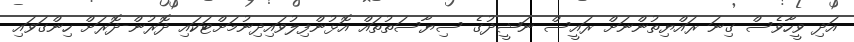
އަދި ވީހާވެސް ގިނަ ރައްޔިތުންނަށް ރައީސް ނަޝީދުގެ ސިޔާސަތުތައް އޮޅުންފިލުވައިދިނުމަށްޓަކައި ދޮރުން-ދޮރަށް ހިންގަވައި